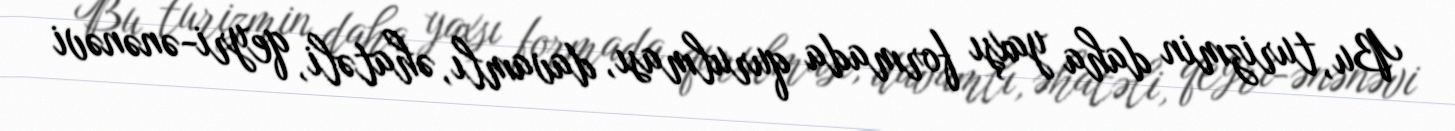
Bu, turizmin daha yaxşı formada qurulması, davamlı, əhatəli, qeyri-ənənəvi